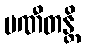
ပဏီတန္တိ